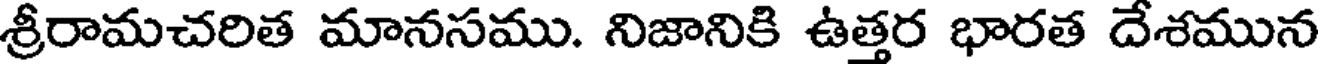
శ్రీరామచరిత మానసము. నిజానికి ఉత్తర భారత దేశమున